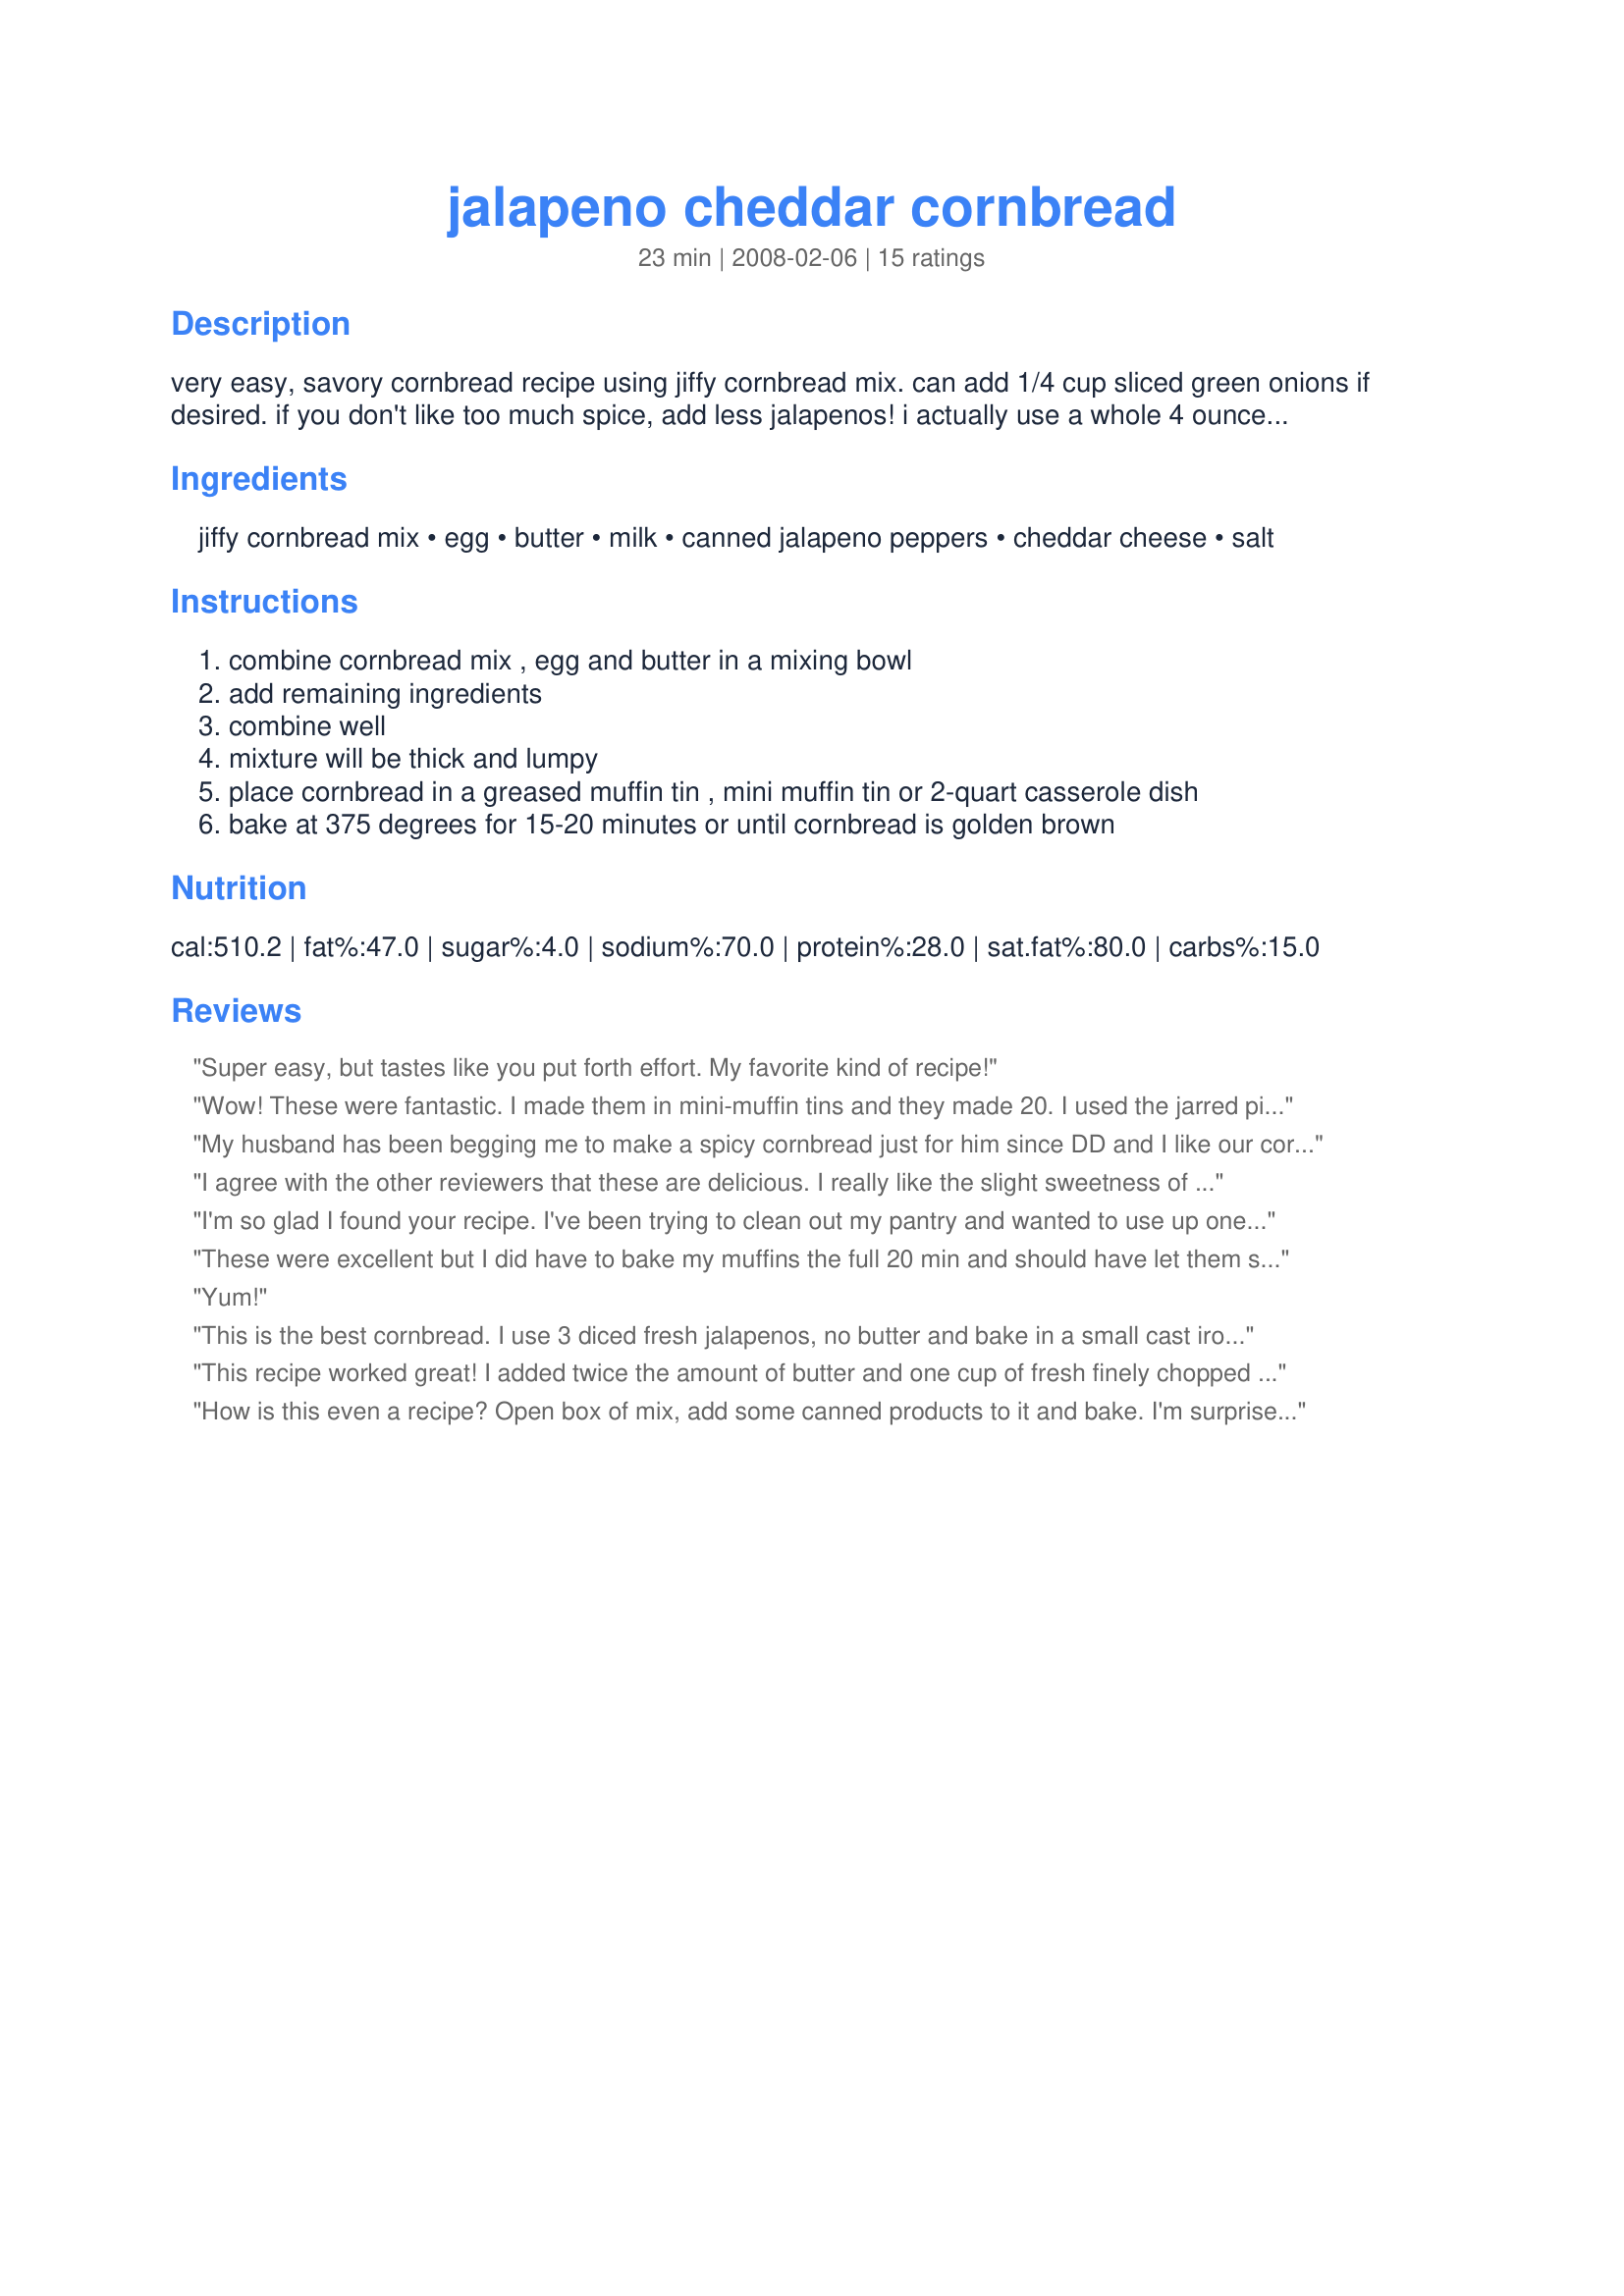
jalapeno cheddar cornbread
Preparation time: 23 minutes

very easy, savory cornbread recipe using jiffy cornbread mix. can add 1/4 cup sliced green onions if desired. if you don't like too much spice, add less jalapenos! i actually use a whole 4 ounce can of jalapenos! i always use mini muffin tins. if mixture is too thick, use a splash of milk to thin it out. i live at high altitude, so i add 2 tablespoons flour. recipe edited to include milk.

Ingredients:
jiffy cornbread mix, egg, butter, milk, canned jalapeno peppers, cheddar cheese, salt

Steps:
combine cornbread mix , egg and butter in a mixing bowl
add remaining ingredients
combine well
mixture will be thick and lumpy
place cornbread in a greased muffin tin , mini muffin tin or 2-quart casserole dish
bake at 375 degrees for 15-20 minutes or until cornbread is golden brown

Reviews:
Super easy, but tastes like you put forth effort. My favorite kind of recipe!
Wow! These were fantastic. I made them in mini-muffin tins and they made 20. I used the jarred pickled jalapenos--maybe 3 or 4 T--and chopped them up myself. Insanely yummy!
My husband has been begging me to make a spicy cornbread just for him since DD and I like our cornbread on the mild side. This recipe fits the bill since we love Jiffy cornbread muffins. Thanks for sharing. DH thanks you too, LOL.
I agree with the other reviewers that these are delicious. I really like the slight sweetness of Jiffy mix and they're really light. I will make again but will reduce the butter and cheese by half. I didn't use salt - none needed. I used 2 aluminum/disposable mini bread loaf pans and cooked for 20 minutes. They were still very loose in the center but I think from so much butter and cheese. Would be perfect for a black iron skillet or cornbread pan! They do rise a little so don't fill batter all the way to top of skillet/pan.
I'm so glad I found your recipe. I've been trying to clean out my pantry and wanted to use up one of the boxes of Jjiffy cornbread mix that had been taking up space for too long. I wasn't expecting the bread to be so tender. I used a little less melted butter and cheese (got to save calories where you can). My DH is not a big cornbread fan and he really liked this version. It was the perfect compliment to our chili. Thanks for posting!
These were excellent but I did have to bake my muffins the full 20 min and should have let them sit for a few minutes because they were still pretty soft but delicious.
Yum!
This is the best cornbread. I use 3 diced fresh jalapenos, no butter and bake in a small cast iron skillet. Great with beans or chili.MMM
This recipe worked great! I added twice the amount of butter and one cup of fresh finely chopped jalape&ntilde;os (about 2 jalape&ntilde;os) and one cup of canned corn (while kernal, sweet works as well). It baked beautifully. ( I also added twice the amount of cheddar cheese!)
How is this even a recipe? Open box of mix, add some canned products to it and bake. I'm surprised that it doesn't call for a 12 ounce package of shredded cheese.
This recipe is easy and delicious, will make again.
Super dry and unflavored I noticed most reviews had to tweek them as well do not follow this recipe you will just waste time and money
Great cornbread - big, fluffy moist pieces! I used 2 egg whites and only 1/2c cheese (which was plenty for us). I baked in an 8x8 baking pan at 350 for 28 minutes. I added nearly 3/4c of water to make this batter (which is no surprise since the box calls for 1.25c of water to make the bread, I used Hodgeson Mills, not Jiffy brand). Loved the spicy jalapeno's in every bite!! I'd be happy to make this cornbread again because of the fluffy moist texture; one of the best cornbread's I've made!
This recipe was a hit , not only was it moist it was delicious I will always make this .
This recipe worked perfectly! Was a great side to my chili!
